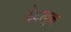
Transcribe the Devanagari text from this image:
डेटाबुक